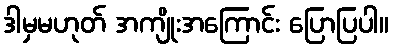
ဒါမှမဟုတ် အကျိုးအကြောင်း ပြောပြပါ။